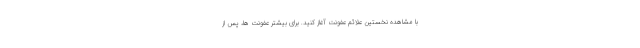
با مشاهده نخستین علائم عفونت آغاز کنید. برای بیشتر عفونت ها، پس از